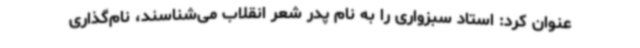
عنوان کرد: استاد سبزواری را به نام پدر شعر انقلاب می‌شناسند، نام‌گذاری